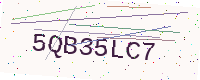
Text: 5QB35LC7